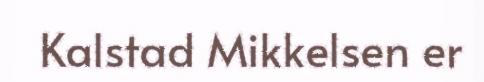
Kalstad Mikkelsen er